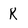
Character: k